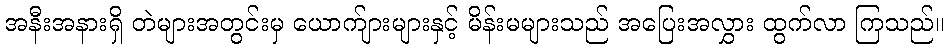
အနီးအနားရှိ တဲများအတွင်းမှ ယောက်ျားများနှင့် မိန်းမများသည် အပြေးအလွှား ထွက်လာ ကြသည်။